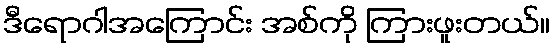
ဒီရောဂါအကြောင်း အစ်ကို ကြားဖူးတယ်။